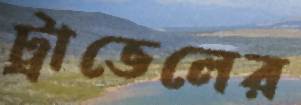
ট্রাভেলের